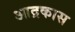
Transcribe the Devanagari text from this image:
आद्रकास